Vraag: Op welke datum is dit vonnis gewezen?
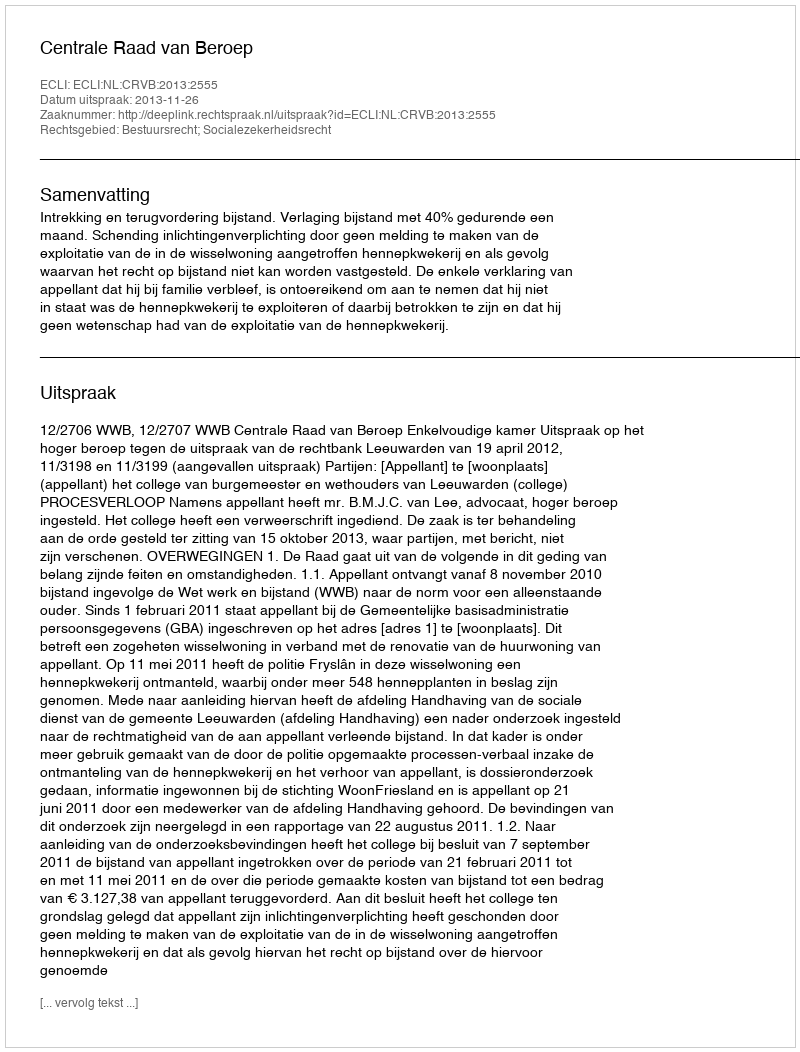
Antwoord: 2013-11-26